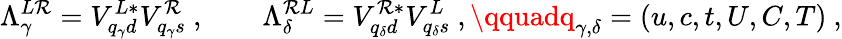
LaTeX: \Lambda_{\gamma}^{L\mathcal{R}}=V_{{q_{\gamma}}d}^{L*}V_{{q_{\gamma}}s}^{\mathcal{R}}\ ,\qquad\Lambda_{\delta}^{\mathcal{R}L}=V_{{q_{\delta}}d}^{\mathcal{R}*}V_{{q_{\delta}}s}^{L}\ ,\qquadq_{\gamma,\delta}=(u,c,t,U,C,T)\ ,